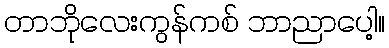
တာဘိုလေးကွန်ကစ် ဘာညာပေါ့။